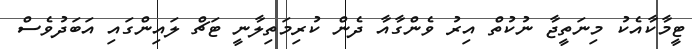
ޓީމާކާއެކު މިނަތީޖާ ނުކުތް އިރު ވެންގާއާ ދެން ކުރިމަތިލާނީ ޓަޗް ލައިންގައި އަބަދުވެސް